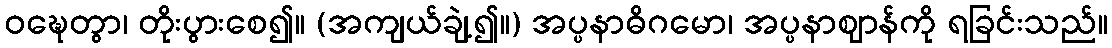
ဝဍ္ဎေတွာ၊ တိုးပွားစေ၍။ (အကျယ်ချဲ့၍။) အပ္ပနာဓိဂမော၊ အပ္ပနာဈာန်ကို ရခြင်းသည်။